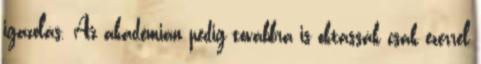
igazolás. Az akadémián pedig továbbra is oktassák csak ezerrel